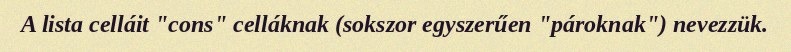
A lista celláit "cons" celláknak (sokszor egyszerűen "pároknak") nevezzük.